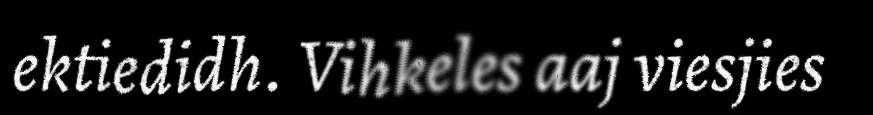
ektiedidh. Vihkeles aaj viesjies